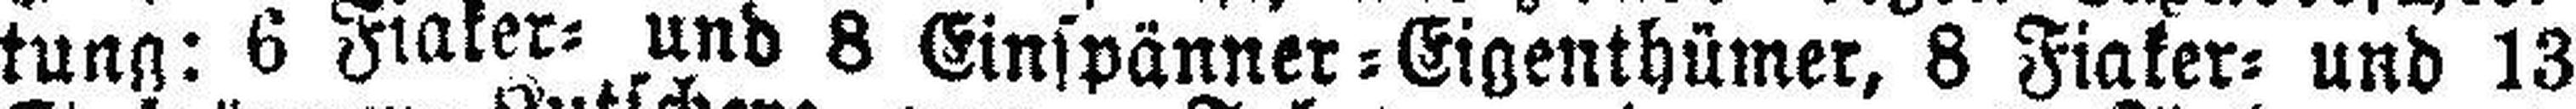
tung: 6 Fiaker= und 8 Einspänner=Eigenthümer, 8 Fiaker= und 13